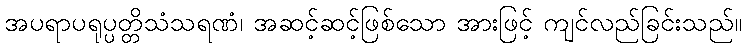
အပရာပရုပ္ပတ္တိသံသရဏံ၊ အဆင့်ဆင့်ဖြစ်သော အားဖြင့် ကျင်လည်ခြင်းသည်။